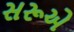
સરૂએ